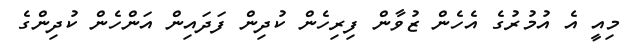
މިއީ އެ އުމުރުގެ އެހެން ޒުވާން ފިރިހެން ކުދިން ފަދައިން އަންހެން ކުދިންގެ